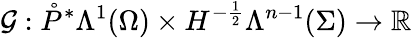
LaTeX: \mathcal{G}:\mathring{P}^{\ast}\Lambda^{1}(\Omega)\times H^{-\frac{1}{2}}\Lambda^{n-1}(\Sigma)\rightarrow\mathbb{R}